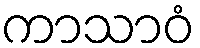
ကာသာဝံ